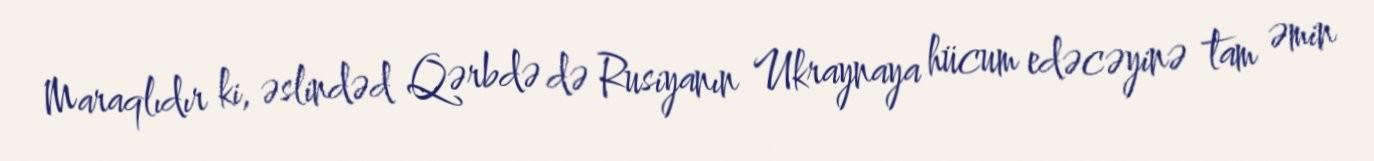
Maraqlıdır ki, əslindəd Qərbdə də Rusiyanın Ukraynaya hücum edəcəyinə tam əmin